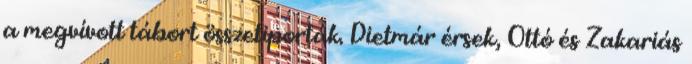
a megvívott tábort összetiporták. Dietmár érsek, Ottó és Zakariás